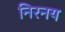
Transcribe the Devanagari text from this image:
निरनय